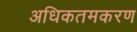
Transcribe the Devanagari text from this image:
अधिकतमकरण